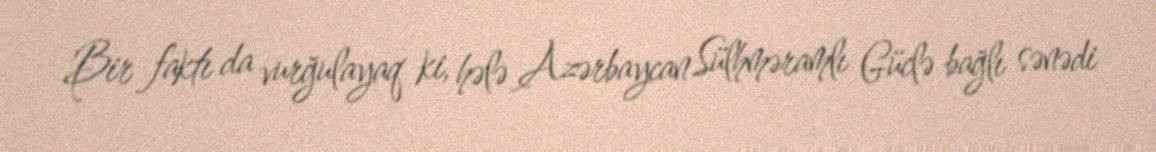
Bir faktı da vurğulayaq ki, hələ Azərbaycan Sülhməramlı Güclə bağlı sənədi